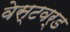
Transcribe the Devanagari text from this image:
वेस्टवर्ड